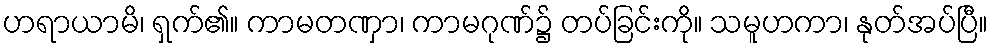
ဟရာယာမိ၊ ရှက်၏။ ကာမတဏှာ၊ ကာမဂုဏ်၌ တပ်ခြင်းကို။ သမူဟကာ၊ နုတ်အပ်ပြီ။